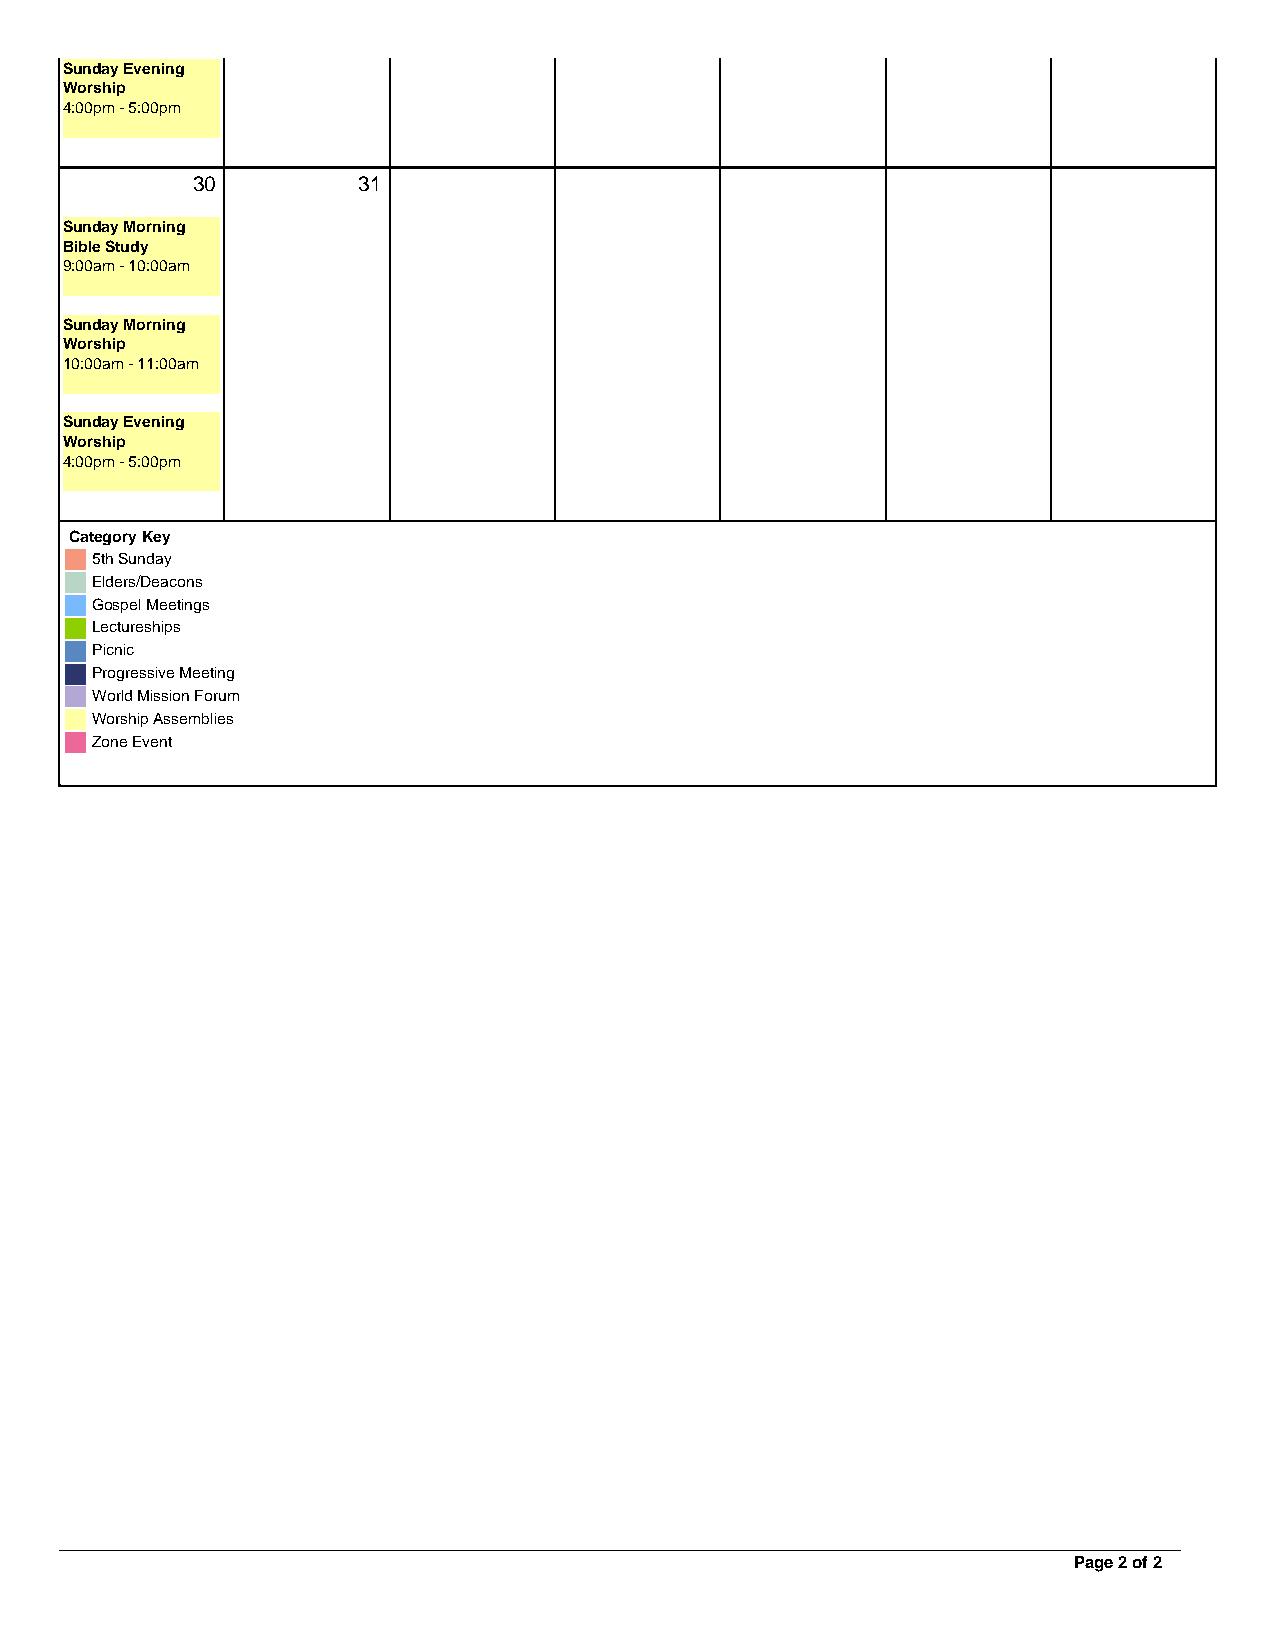
Sunday Evening
 Worship
 4:00pm - 5:00pm
 30         31
 Sunday Morning
 Bible Study
 9:00am - 10:00am
 Sunday Morning
 Worship
 10:00am - 11:00am
 Sunday Evening
 Worship
 4:00pm - 5:00pm
 Category Key
 5th Sunday
 Elders/Deacons
 Gospel Meetings
 Lectureships
 Picnic
 Progressive Meeting
 World Mission Forum
 Worship Assemblies
 Zone Event
 Page 2 of 2
 Powered by TCPDF (www.tcpdf.org)